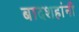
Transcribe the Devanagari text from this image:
बादशहांनी